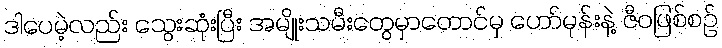
ဒါပေမဲ့လည်း သွေးဆုံးပြီး အမျိုးသမီးတွေမှာတောင်မှ ဟော်မုန်းနဲ့ ဇီဝဖြစ်စဉ်